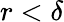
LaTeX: r<\delta